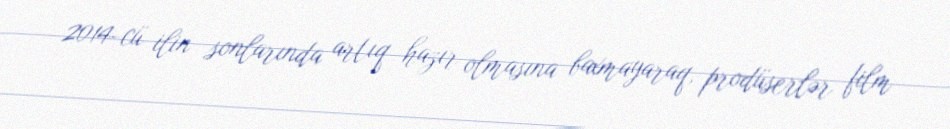
2014-cü ilin sonlarında artıq hazır olmasına baxmayaraq, prodüserlər film